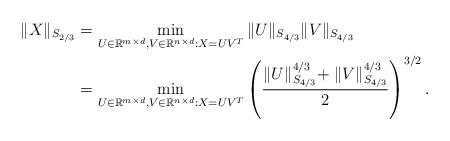
LaTeX: \begin{align*}\|X\|_{S_{2/3}}&=\min_{U\in\mathbb{R}^{m\times d},V\in\mathbb{R}^{n\times d}:X=UV^{T}}\|U\|_{S_{4/3}}\|V\|_{S_{4/3}}\\&=\min_{U\in\mathbb{R}^{m\times d},V\in\mathbb{R}^{n\times d}:X=UV^{T}}\left(\frac{\|U\|^{4/3}_{S_{4/3}}\!+\|V\|^{4/3}_{S_{4/3}}}{2}\right)^{3/2}.\end{align*}